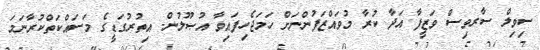
ސިވިލް ސާރވިސް ވަޒީފާ އަދާ ކުރާ މުވައްޒަފުންނަށް ހަމަޖެހިފައިވާ އުޞޫލުން- އިތުރުގަޑީގެ މަސައްކަތްކުރާނަމަ